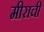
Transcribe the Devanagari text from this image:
मीराची